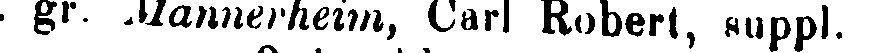
. gr. Mannerheim, Carl Robert, suppl.